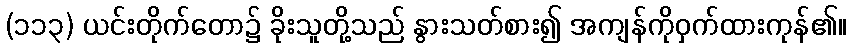
(၁၁၃) ယင်းတိုက်တော၌ ခိုးသူတို့သည် နွားသတ်စား၍ အကျန်ကိုဝှက်ထားကုန်၏။